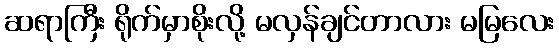
ဆရာကြီး ရိုက်မှာစိုးလို့ မလှန်ချင်တာလား မမြလေး